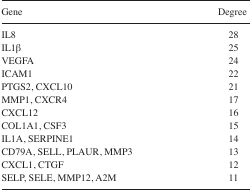
<table><thead><tr><td><b>Gene</b></td><td><b>Degree</b></td></tr></thead><tbody><tr><td>IL8</td><td>28</td></tr><tr><td>IL1β</td><td>25</td></tr><tr><td>VEGFA</td><td>24</td></tr><tr><td>ICAM1</td><td>22</td></tr><tr><td>PTGS2, CXCL10</td><td>21</td></tr><tr><td>MMP1, CXCR4</td><td>17</td></tr><tr><td>CXCL12</td><td>16</td></tr><tr><td>COL1A1, CSF3</td><td>15</td></tr><tr><td>IL1A, SERPINE1</td><td>14</td></tr><tr><td>CD79A, SELL, PLAUR, MMP3</td><td>13</td></tr><tr><td>CXCL1, CTGF</td><td>12</td></tr><tr><td>SELP, SELE, MMP12, A2M</td><td>11</td></tr></tbody></table>